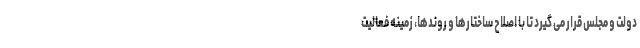
دولت و مجلس قرار می گیرد تا با اصلاح ساختارها و روندها، زمینه فعالیت